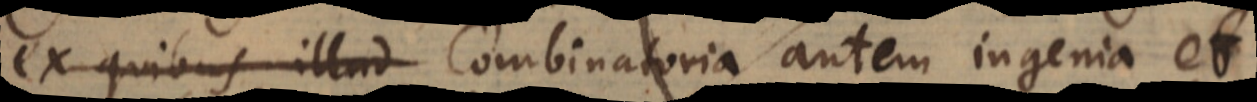
ex quibus illud Combinatoria autem ingenia et